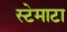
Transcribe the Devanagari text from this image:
स्टेमाटा